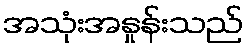
အသုံးအနှုန်းသည်